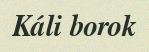
Káli borok